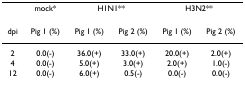
|  | mock* | <COLSPAN=2> H1N1** | <COLSPAN=2> H3N2** |
 | dpi | Pig 1 (%) | Pig 1 (%) | Pig 2 (%) | Pig 1 (%) | Pig 2 (%) |
 | --- | --- | --- | --- | --- | --- |
 | 2 | 0.0(-) | 36.0(+) | 33.0(+) | 20.0(+) | 2.0(+) |
 | 4 | 0.0(-) | 5.0(+) | 3.0(+) | 2.0(+) | 1.0(-) |
 | 12 | 0.0(-) | 6.0(+) | 0.5(-) | 0.0(-) | 0.0(-) |